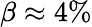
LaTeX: \beta\approx 4\%